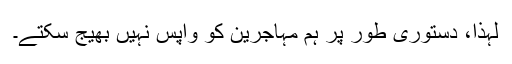
لہٰذا، دستوری طور پر ہم مہاجرین کو واپس نہیں بھیج سکتے۔